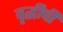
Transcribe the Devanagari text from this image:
वृद्धीची